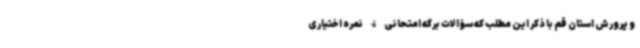
و پرورش استان قم با ذکر این مطلب که سؤالات برگه امتحانی 4 نمره اختیاری